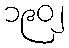
၁၉၀၂